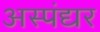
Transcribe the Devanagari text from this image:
अस्पंद्यर